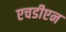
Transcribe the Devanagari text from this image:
एचडीएन